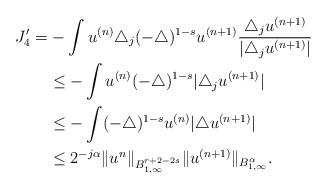
LaTeX: \begin{align*}J_4' = &-\int u^{(n)}\triangle_j (-\triangle)^{1-s} u^{(n+1)} \frac{\triangle_j u^{(n+1)}}{|\triangle_j u^{(n+1)}|} \\ &\leq -\int u^{(n)} (-\triangle)^{1-s} |\triangle_j u^{(n+1)}| \\ &\leq -\int (-\triangle)^{1-s} u^{(n)} |\triangle u^{(n+1)}| \\ &\leq 2^{-j\alpha}\|u^{n}\|_{B_{1,\infty}^{r+2-2s}}\|u^{(n+1)}\|_{B_{1,\infty}^{\alpha}}.\end{align*}